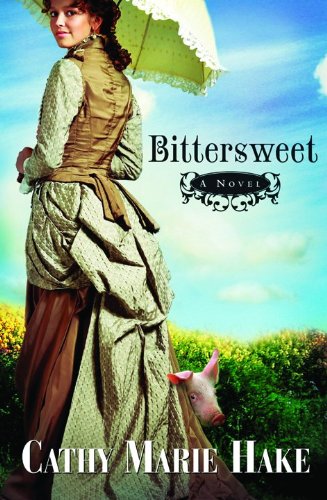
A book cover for Bittersweet (California Historical Series #2); Cathy Marie Hake; Religion & Spirituality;